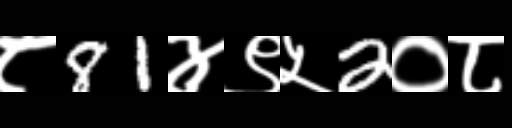
Text: ८81४९५2०८